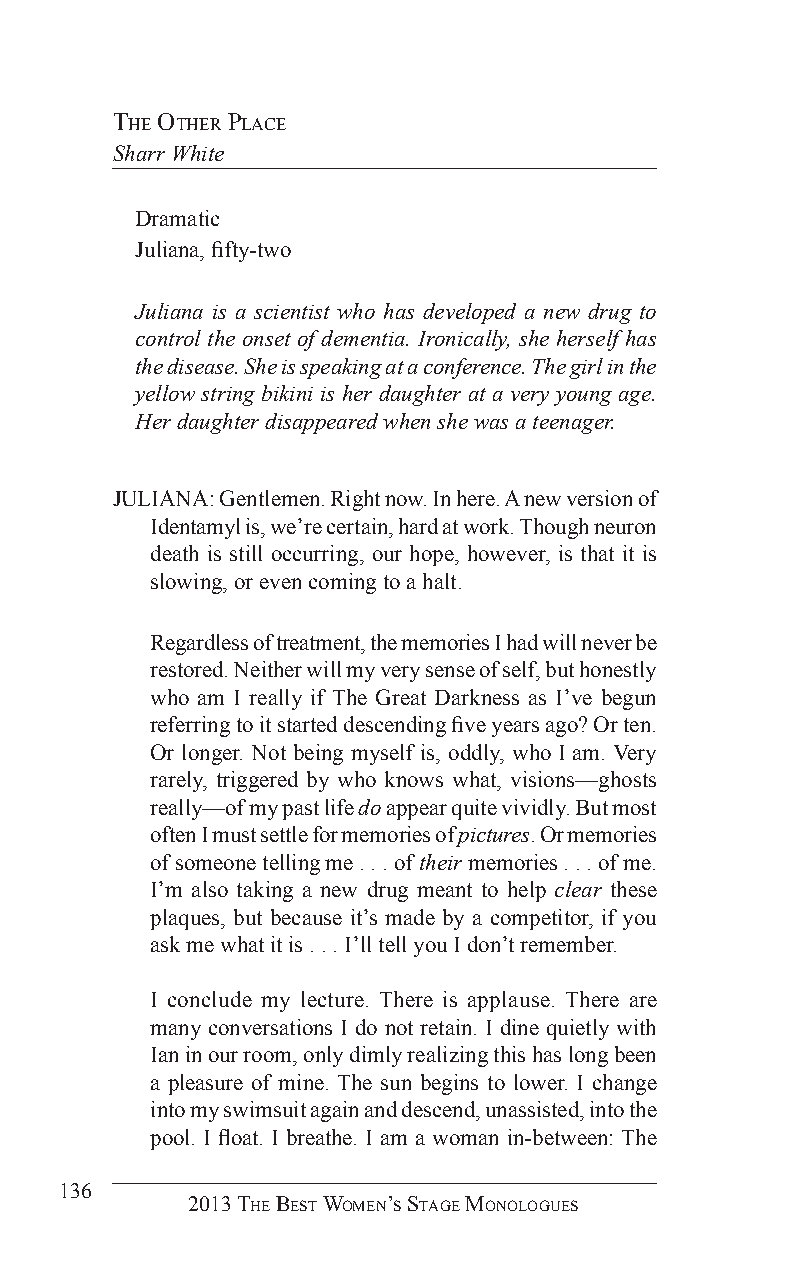
The oTher PlaCe
 Sharr White
 Dramatic
 Juliana, fifty-two
 Juliana is a scientist who has developed a new drug to
 control the onset of dementia. Ironically, she herself has
 the disease. She is speaking at a conference. The girl in the
 yellow string bikini is her daughter at a very young age.
 Her daughter disappeared when she was a teenager.
 JULIANA: Gentlemen. Right now. In here. A new version of
 Identamyl is, we’re certain, hard at work. Though neuron
 death is still occurring, our hope, however, is that it is
 slowing, or even coming to a halt.
 Regardless of treatment, the memories I had will never be
 restored. Neither will my very sense of self, but honestly
 who am I really if The Great Darkness as I’ve begun
 referring to it started descending five years ago? Or ten.
 Or longer. Not being myself is, oddly, who I am. Very
 rarely, triggered by who knows what, visions—ghosts
 really—of my past life do appear quite vividly. But most
 often I must settle for memories of pictures. Or memories
 of someone telling me . . . of their memories . . . of me.
 I’m also taking a new drug meant to help clear these
 plaques, but because it’s made by a competitor, if you
 ask me what it is . . . I’ll tell you I don’t remember.
 I conclude my lecture. There is applause. There are
 many conversations I do not retain. I dine quietly with
 Ian in our room, only dimly realizing this has long been
 a pleasure of mine. The sun begins to lower. I change
 into my swimsuit again and descend, unassisted, into the
 pool. I float. I breathe. I am a woman in-between: The
 136
 2013 The BesT Women’s sTage monologues